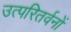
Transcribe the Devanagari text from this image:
उत्परितर्वनों